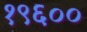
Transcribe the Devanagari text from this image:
१९६००